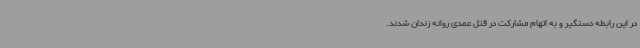
در این رابطه دستگیر و به اتهام مشارکت در قتل عمدی روانه زندان شدند.